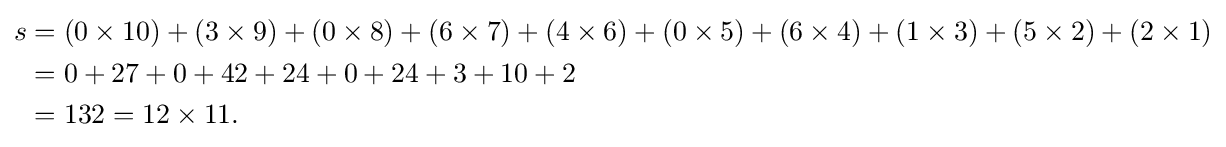
{\begin{aligned}s&=(0\times 10)+(3\times 9)+(0\times 8)+(6\times 7)+(4\times 6)+(0\times 5)+(6\times 4)+(1\times 3)+(5\times 2)+(2\times 1)\\&=0+27+0+42+24+0+24+3+10+2\\&=132=12\times 11.\end{aligned}}